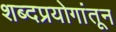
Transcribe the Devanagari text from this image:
शब्दप्रयोगांतून